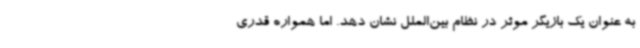
به عنوان یک بازیگر موثر در نظام بین‌الملل نشان دهد. اما همواره قدری